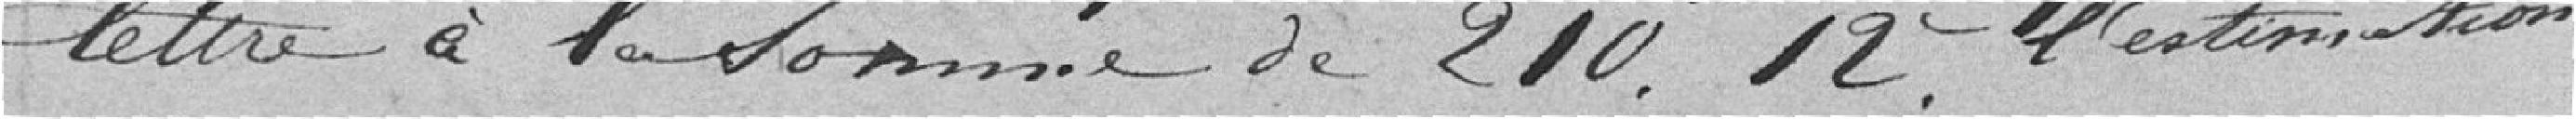
lettre à la somme de 210,12 francs. L'estimation